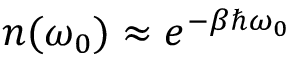
n ( \omega _ { 0 } ) \approx e ^ { - \beta \hbar \omega _ { 0 } }